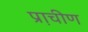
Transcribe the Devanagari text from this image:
प्रा़चीण